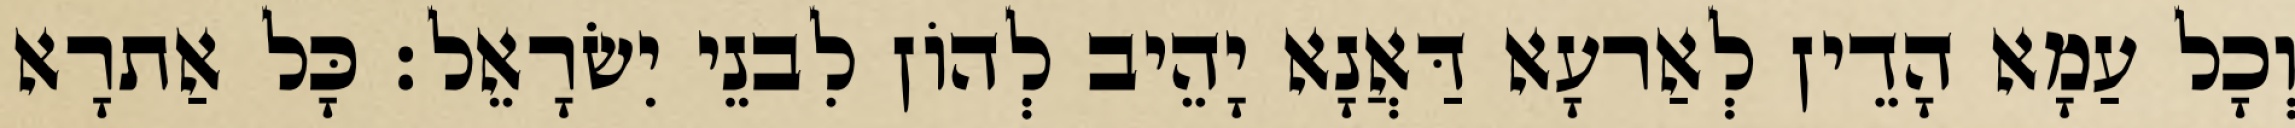
וְכָל עַמָא הָדֵין לְאַרעָא דַּאֲנָא יָהֵיב לְהוֹן לִבנֵי יִשׂרָאֵל׃ כָּל אַתרָא